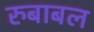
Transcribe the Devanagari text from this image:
रुबाबल